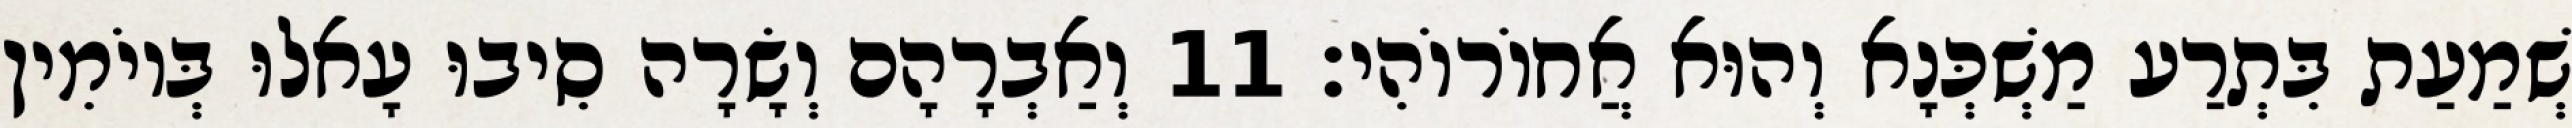
שְׁמַעַת בִּתְרַע מַשְׁכְּנָא וְהוּא אֲחוֹרוֹהִי׃ 11 וְאַבְרָהָם וְשָׂרָה סִיבוּ עָאלוּ בְּיוֹמִין